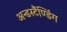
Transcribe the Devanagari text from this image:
अन्डर्स्टैण्डिंग